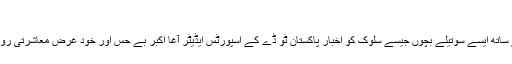
‘‘
پاکستان میں قومی ہیروز کے ساتھ ایسے سوتیلے بچوں جیسے سلوک کو اخبار پاکستان ٹو ڈے کے اسپورٹس ایڈیٹر آغا اکبر بے حس اور خود غرض معاشرتی رویوں کا عکاس قرار دیتے ہیں۔